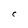
Character: C